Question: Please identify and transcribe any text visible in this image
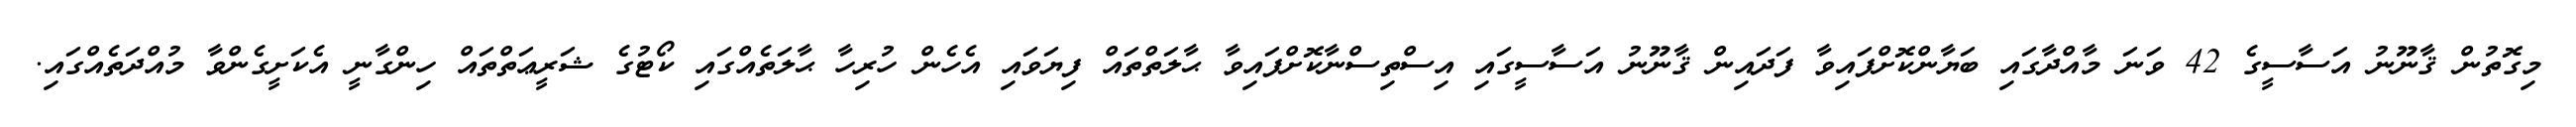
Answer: މިގޮތުން ޤާނޫނު އަސާސީގެ 42 ވަނަ މާއްދާގައި ބަޔާންކޮށްފައިވާ ފަދައިން ޤާނޫނު އަސާސީގައި އިސްތިސްނާކޮށްފައިވާ ޙާލަތްތައް ފިޔަވައި އެހެން ހުރިހާ ޙާލަތެއްގައި ކޯޓުގެ ޝަރީޢަތްތައް ހިންގާނީ އެކަށީގެންވާ މުއްދަތެއްގައި.